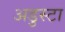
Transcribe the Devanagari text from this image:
अडुस्टा